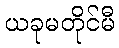
ယခုမတိုင်မီ